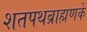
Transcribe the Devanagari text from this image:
शतपथब्राह्मणके